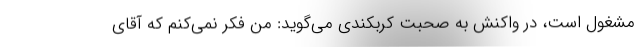
مشغول است، در واکنش به صحبت کربکندی می‌گوید: من فکر نمی‌کنم که آقای